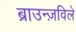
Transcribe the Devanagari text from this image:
ब्राउन्ज़विले